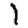
Digit: 1